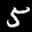
Label: 5